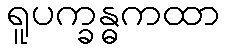
ရူပက္ခန္ဓကထာ